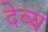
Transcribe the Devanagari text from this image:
देव्य